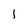
Character: l